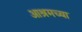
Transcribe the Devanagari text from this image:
आश्रमच्या